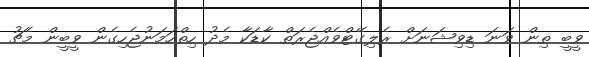
ވީބީ ތިން ވަނަ ޑިވިޝަނަށް ރެލިގޭޓްވެއްޖެރަތް ކާޑަކާ މެދު ހިތްހަމަނުޖެހިގެން ވީބީން މެޗު